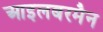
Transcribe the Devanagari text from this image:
आइलबरमैन